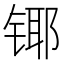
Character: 𲈍